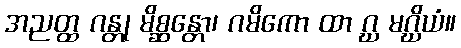
အညတ္ထ ဂန္တု မိစ္ဆန္တော၊ ဂမိကော ထာ ဂ္ဃ မဂ္ဃိယံ။